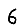
Digit: 6